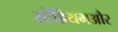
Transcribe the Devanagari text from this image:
स्टेडियमऔर